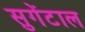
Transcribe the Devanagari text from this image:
सुगेंटाल